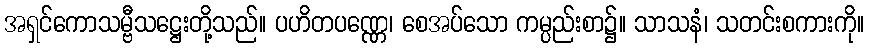
အရှင်ကောသမ္ဗီသဋ္ဌေးတို့သည်။ ပဟိတပဏ္ဏေ၊ စေအပ်သော ကမ္ပည်းစာ၌။ သာသနံ၊ သတင်းစကားကို။